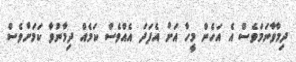
ދިމާވާނަމަވެސް އެ އަހެން މީހާ އަށް އެފަދަ އެއްވެސް ކަމެއް ދިމާނުވާ ކަމަށްވެސް